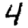
Digit: 4